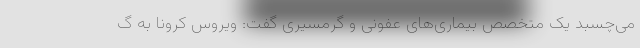
می‌چسبد یک متخصص بیماری‌های عفونی و گرمسیری گفت: ویروس کرونا به گ